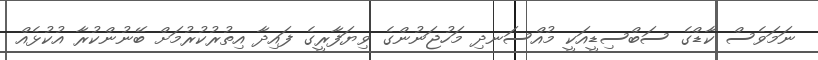
ނަމަވެސް ކާޑްގެ ސަބްސިޑީއަކީ މުއްސަނދި މަހުޖަނުންގެ ވިޔަފާރީގެ ފައިދާ އިތުރުކުރުމަށް ބޭނުންކުރާ އުކުޅެއް